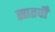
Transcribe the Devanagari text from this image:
सातवीँ